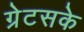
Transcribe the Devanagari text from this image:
ग्रेटसके